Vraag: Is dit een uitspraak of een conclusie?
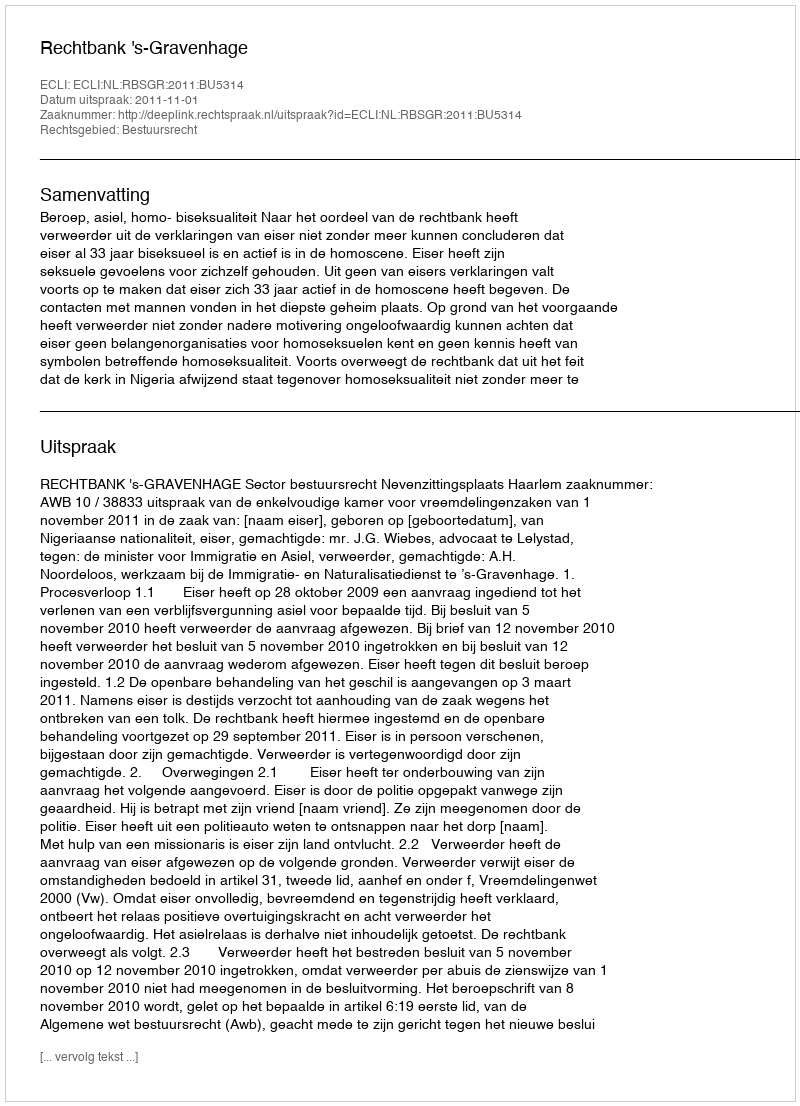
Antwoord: Uitspraak